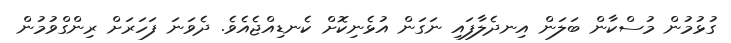
ގުޅުމުން މުސްކާން ބަލަން އިނދެލާފައި ނަގަން އުޅެނިކޮށް ކެނޑިއްޖެއެވެ. ދެވަނަ ފަހަރަށް ރިންގްވުމުން